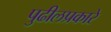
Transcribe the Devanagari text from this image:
पुढीलप्रकारे